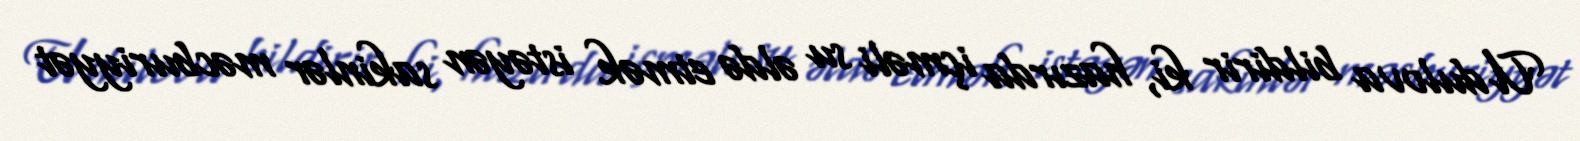
Udulova bildirir ki, hazırda içməli su əldə etmək istəyən sakinlər məcburiyyət